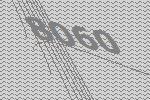
8060